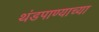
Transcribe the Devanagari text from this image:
थंडपाण्याच्या